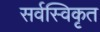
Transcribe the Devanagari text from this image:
सर्वस्विकृत